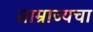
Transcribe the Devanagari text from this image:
साम्राज्यचा